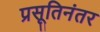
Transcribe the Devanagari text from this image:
प्रसूतिनंतर